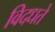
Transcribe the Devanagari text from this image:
विदधते